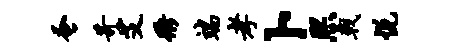
蚤苛艾衢端孝卜熙戟悦